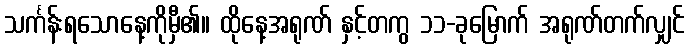
သင်္ကန်းရသောနေ့ကိုမှီ၏။ ထိုနေ့အရုဏ် နှင့်တကွ ၁၁-ခုမြောက် အရုဏ်တက်လျှင်